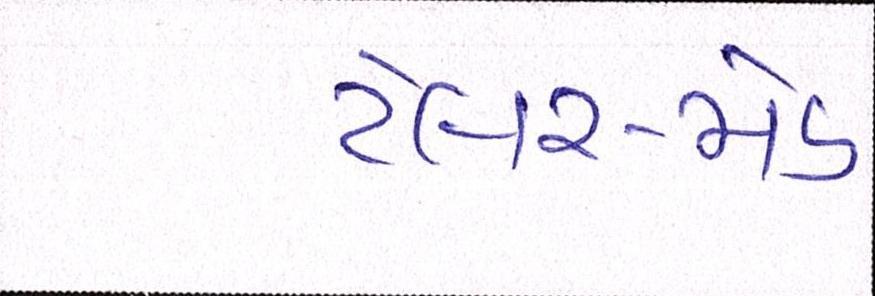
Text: ટેલર-મેડ